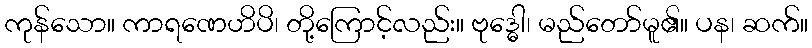
ကုန်သော။ ကာရဏေဟိပိ၊ တို့ကြောင့်လည်း။ ဗုဒ္ဓေါ၊ မည်တော်မူ၏။ ပန၊ ဆက်။